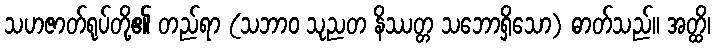
သဟဇာတ်ရုပ်တို့၏ တည်ရာ (သဘာဝ သုညတ နိဿတ္တ သဘောရှိသော) ဓာတ်သည်။ အတ္ထိ၊